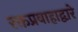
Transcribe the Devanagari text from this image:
रक्तप्रवाहाद्वारे